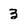
Character: 3